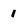
Character: 1